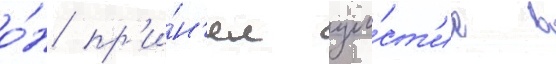
о́н пр'и́н'ял уча́ст'ие в